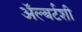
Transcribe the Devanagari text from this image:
ॲल्बर्टशी